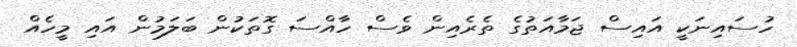
ހުސައިނަކީ އައިސް ޖަމާއަތުގެ ތެރެއިން ވެސް ހާއްސަ ގޮތަކުން ބަލަމުން އައި މީހެއް